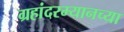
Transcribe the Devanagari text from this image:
ग्रहांदरम्यानच्या